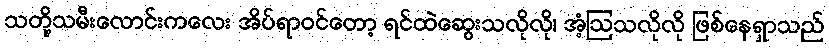
သတို့သမီးလောင်းကလေး အိပ်ရာဝင်တော့ ရင်ထဲဆွေးသလိုလို၊ အံ့ဩသလိုလို ဖြစ်နေရှာသည်